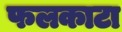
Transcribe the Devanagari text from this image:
फलकाटा